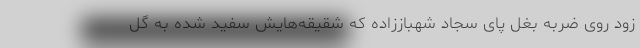
زود روی ضربه بغل پای سجاد شهباززاده که شقیقه‌هایش سفید شده به گل